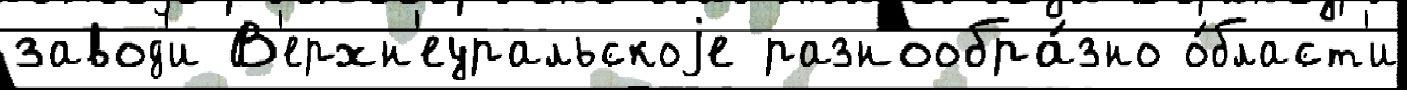
завод'и В'ерхн'еуральскоjе разнообра́зно о́бласт'и